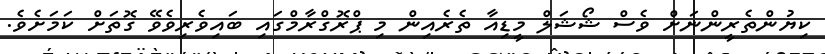
ކިޔުންތެރީންނަށް ވެސް ޝޯޝަލް މީޑިއާ ތެރެއިން މި ޕްރޮގްރާމްގައި ބައިވެރިވެވޭ ގޮތަށް ކަމަށެވެ.